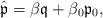
\begin{align*} \hat{\mathfrak{p}} = \beta \mathfrak{q} + \beta_0 \mathfrak{p}_0 , \end{align*}